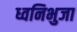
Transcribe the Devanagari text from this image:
ध्वनिभुजा